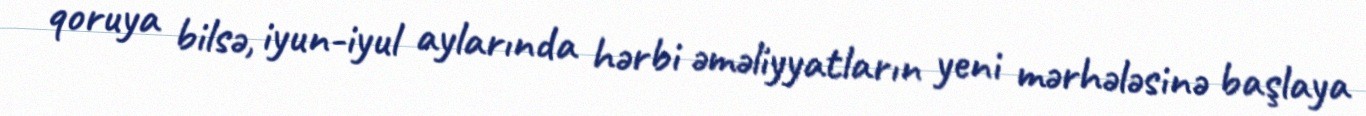
qoruya bilsə, iyun-iyul aylarında hərbi əməliyyatların yeni mərhələsinə başlaya